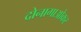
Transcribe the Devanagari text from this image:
दोनागाओकर